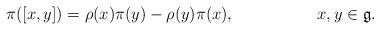
LaTeX: \begin{align*} \pi([x,y])&=\rho(x)\pi(y)-\rho(y)\pi(x), & x,y &\in\mathfrak{g}.\end{align*}